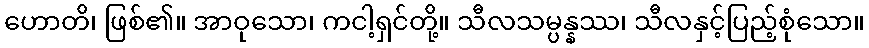
ဟောတိ၊ ဖြစ်၏။ အာဝုသော၊ ကငါ့ရှင်တို့။ သီလသမ္ပန္နဿ၊ သီလနှင့်ပြည့်စုံသော။